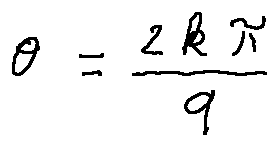
\theta = \frac { 2 k \pi } { q }